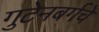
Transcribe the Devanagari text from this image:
गुटेनबर्गचे